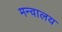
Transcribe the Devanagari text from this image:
मन्वालय